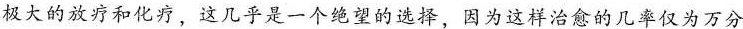
极大的放疗和化疗，这几乎是一个绝望的选择，因为这样治愈的几率仅为万分